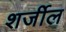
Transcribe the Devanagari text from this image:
शर्जील